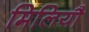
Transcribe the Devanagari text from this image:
मिलियौ